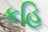
કહિ